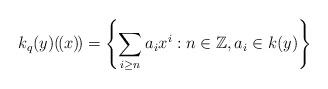
LaTeX: \begin{align*}k_q(y)(\!(x)\!) = \left\{ \sum_{i \geq n} a_i x^i : n \in \mathbb{Z}, a_i \in k(y)\right\}\end{align*}